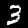
Digit: 3